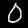
Label: 0